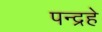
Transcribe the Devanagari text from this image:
पन्द्रहे